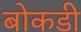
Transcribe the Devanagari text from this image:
बोकडी